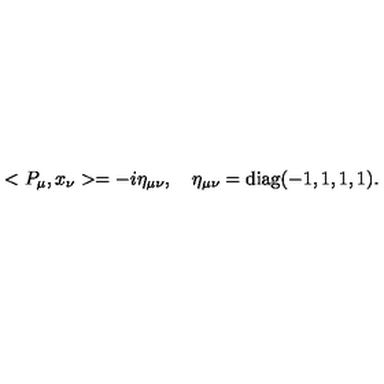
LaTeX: < P _ { \mu } , x _ { \nu } > = - i \eta _ { \mu \nu } , \quad \eta _ { \mu \nu } = \mathrm { d i a g } ( - 1 , 1 , 1 , 1 ) .